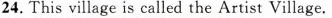
24. This village is called the Artist Village.